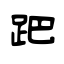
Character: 跁